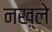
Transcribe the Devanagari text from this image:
नख़्ले